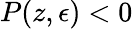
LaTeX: P(z,\epsilon)<0